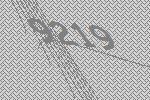
9219